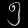
Digit: ၅